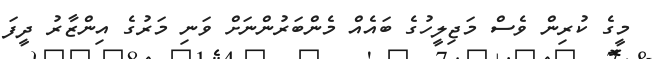
މީގެ ކުރިން ވެސް މަޖިލީހުގެ ބައެއް މެންބަރުންނަށް ވަނި މަރުގެ އިންޒާރު ދީފަ